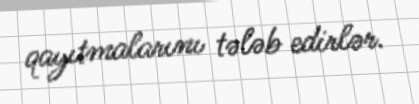
qayıtmalarını tələb edirlər.